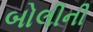
બોલીની